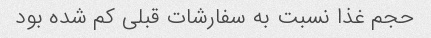
حجم غذا نسبت به سفارشات قبلی کم شده بود